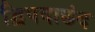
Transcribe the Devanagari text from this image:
द्विपदाछंद